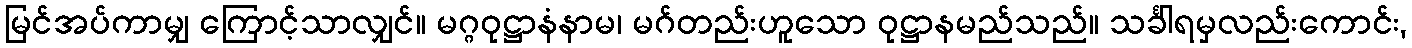
မြင်အပ်ကာမျှ ကြောင့်သာလျှင်။ မဂ္ဂဝုဋ္ဌာနံနာမ၊ မဂ်တည်းဟူသော ဝုဋ္ဌာနမည်သည်။ သင်္ခါရမှလည်းကောင်း,